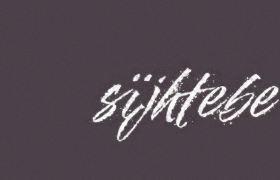
sïjhtebe